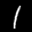
Label: 1